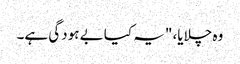
وہ چلایا، "یہ کیا بے ہودگی ہے۔